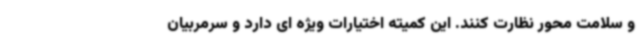
و سلامت محور نظارت کنند. این کمیته اختیارات ویژه ای دارد و سرمربیان